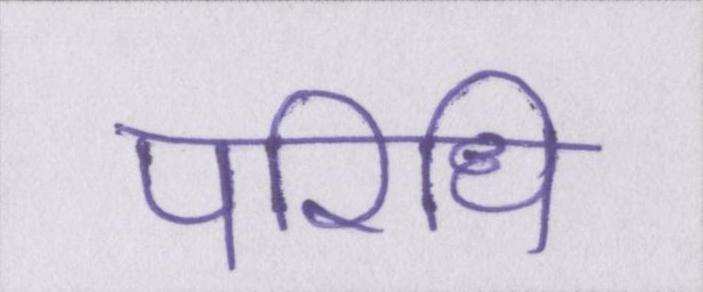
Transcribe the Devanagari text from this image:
परिधि